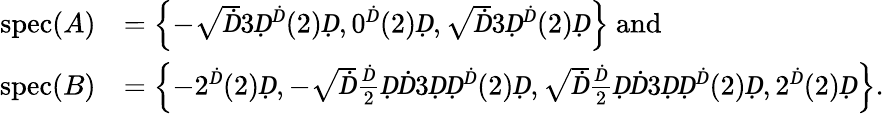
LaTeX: \begin{array}{rl}{\operatorname{spec}(A)}&{=\left\{ -\sqrt Ḋ3Ḍ^{Ḋ}(2)Ḍ,0^{Ḋ}(2)Ḍ,\sqrt Ḋ3Ḍ^{Ḋ}(2)Ḍ\right\} \mathrm{~and}}\\ {\operatorname{spec}(B)}&{=\left\{ -2^{Ḋ}(2)Ḍ,-\sqrt Ḋ\frac Ḋ2ḌḊ3ḌḌ^{Ḋ}(2)Ḍ,\sqrt Ḋ\frac Ḋ2ḌḊ3ḌḌ^{Ḋ}(2)Ḍ,2^{Ḋ}(2)Ḍ\right\} .}\end{array}